Jaan_Tonisson_(Lasteleht), lk 542
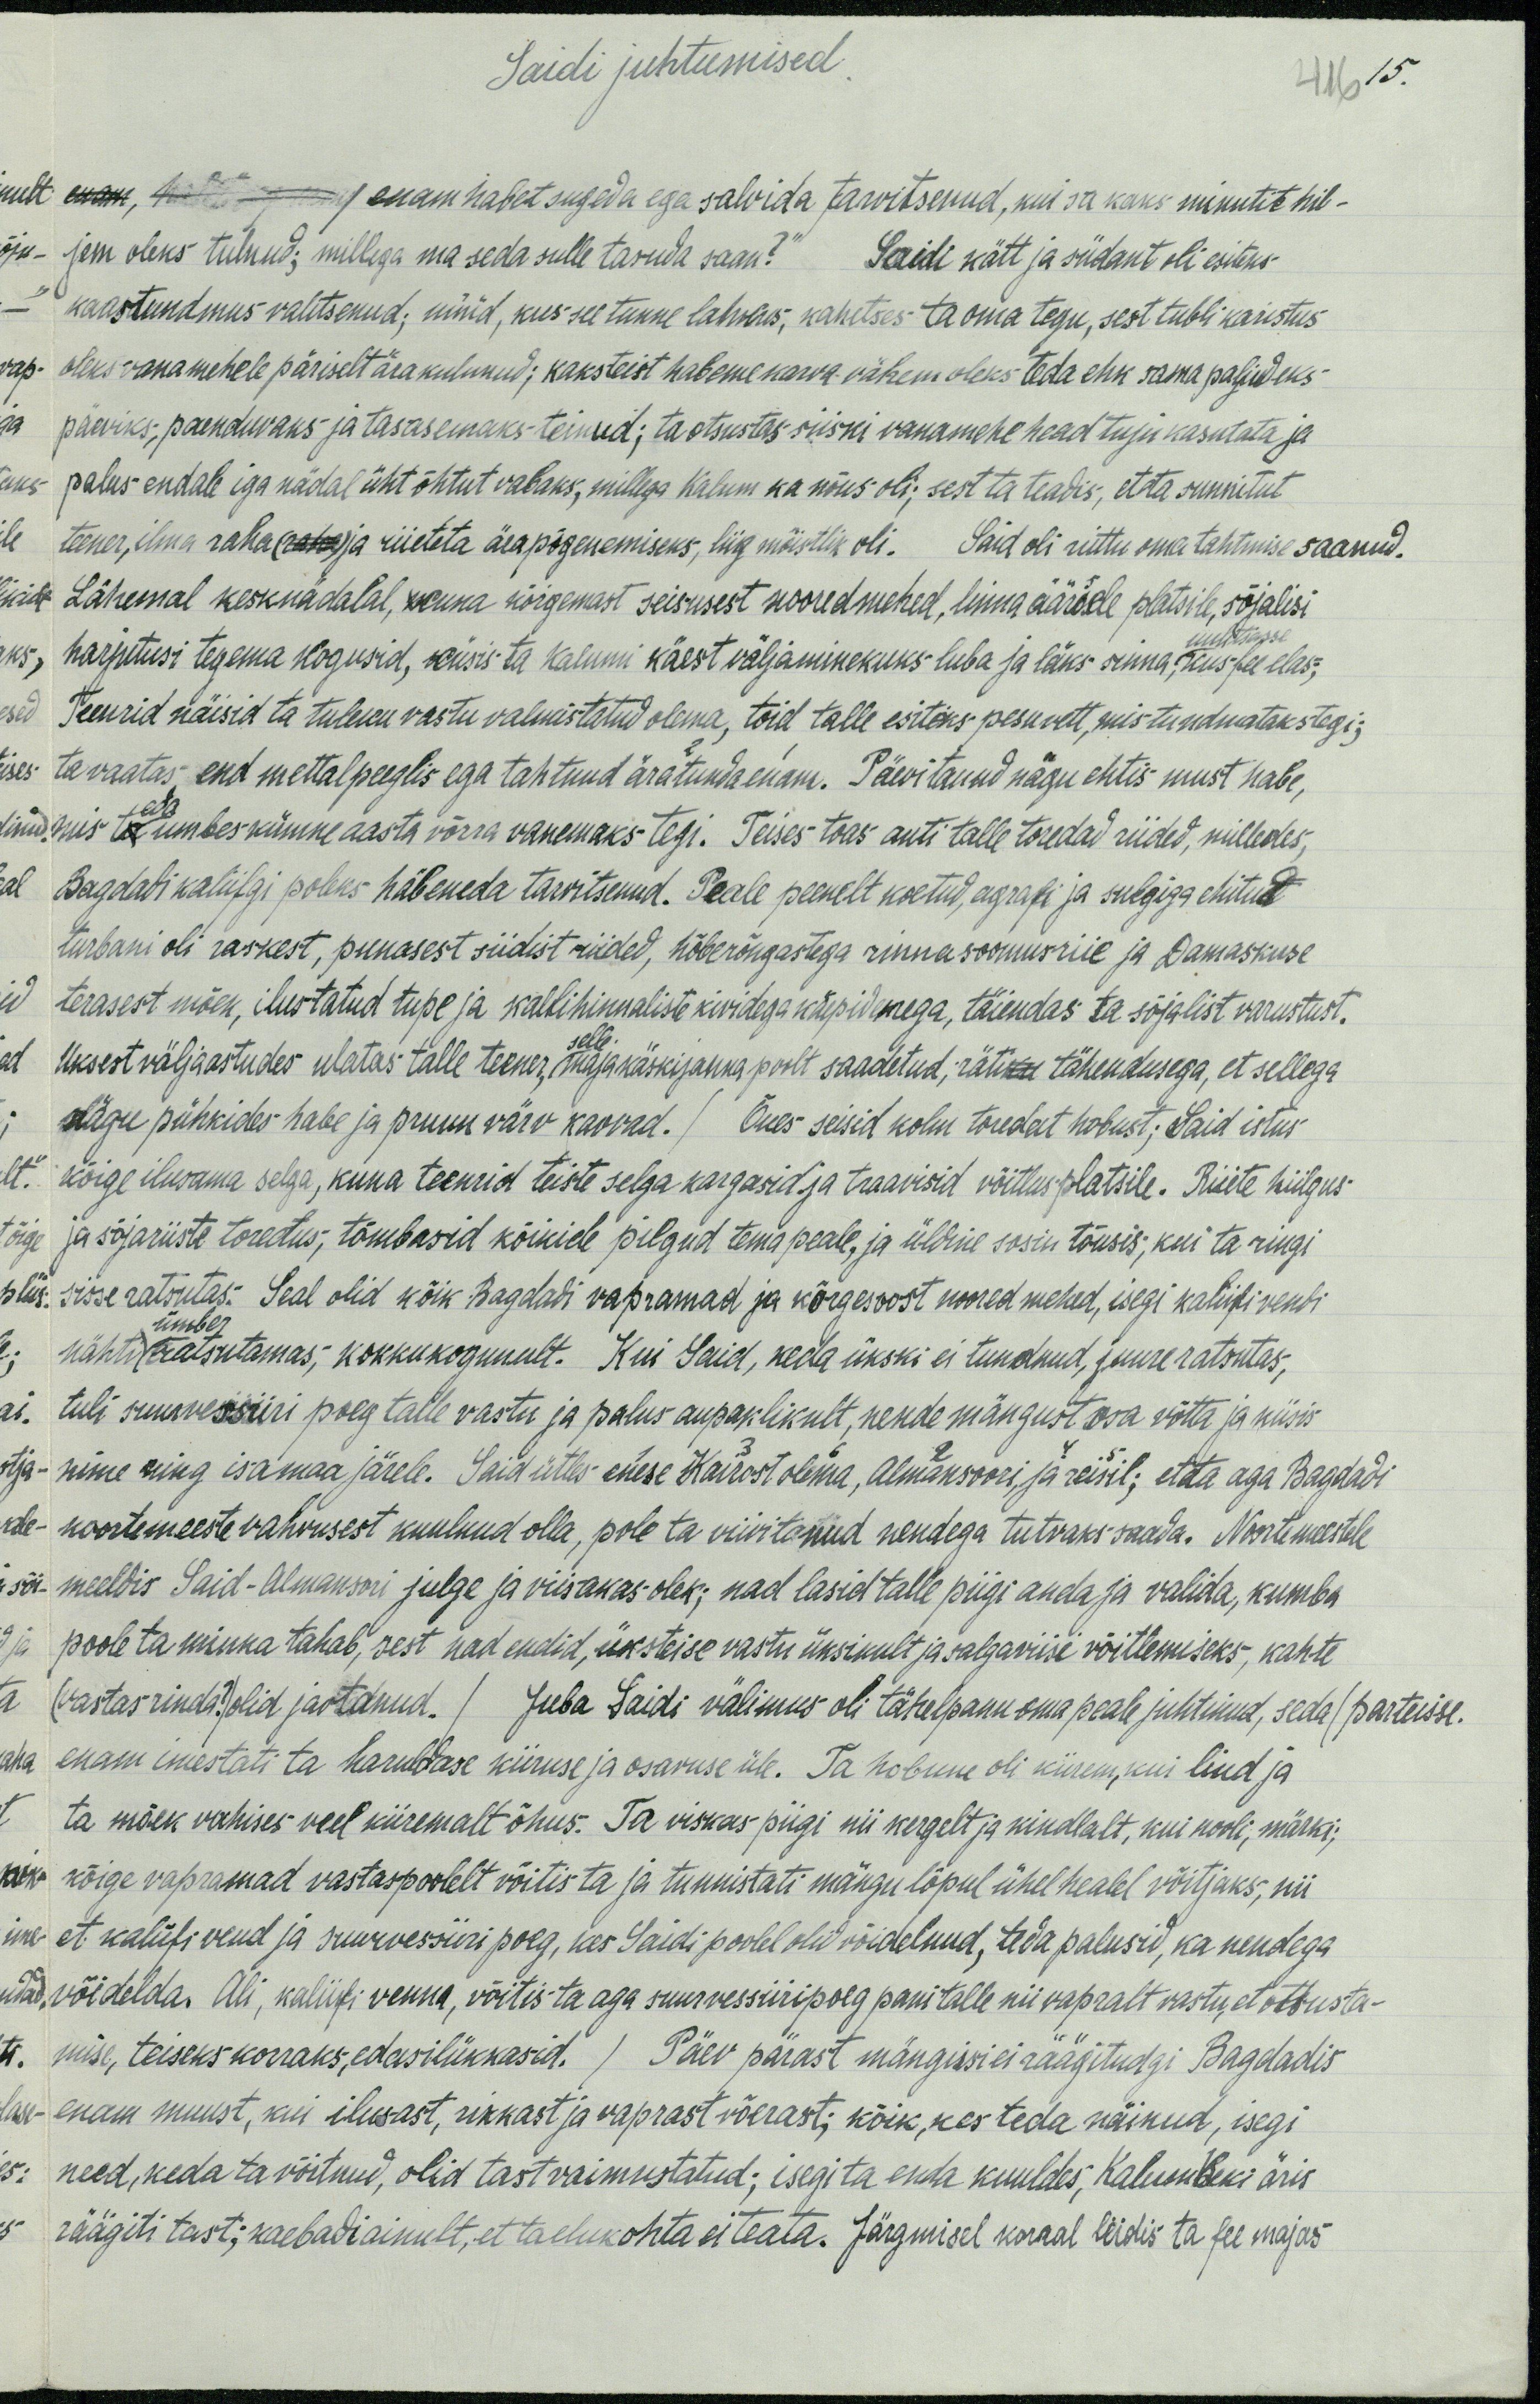
Saidi juhtumised.
416
15.
enam habet sugeda ega salvida tarvitsenud, kui sa kaks minuit hil-
jem oleks tulnud; millega ma seda selle tasuda saan?" Saidi kätt ja südanti oli esiteks
kaastundmus valitsenud, nüüd, kus see tunne lahkus, kahetses ta oma tegu, sest tubli karistus
oleks vanamehele päriselt ära kulunud; kaksteist habeme karva vähem oleks teda ehk sama paljudeks
päeviks, paenduvaks ja tasasemaks teinud; ta otsustas siiski vanamehe head tuju kasutata ja
palus endale iga nädal üht õhtut vabaks, millega Kalum ka nõus oli, sest ta teadis, et ta sunnitut
teener, ilma raha ja riieteta ära põgenemiseks, liig mõistlik oli. Said oli ruttu oma tahtmise saanud.
Lähemal kesknädalal, kuna kõrgemast seisusest noored mehed, linna äärsele platsile sõjalisi
uulitsasse
harjutusi tegema kogusid, küsis ta Kalumi käest väljaminekuks luba ja läks sinna, kus fee elas-
Teenrid näisid ta tuleku vastu valmistatud olema, tõid talle esiteks pesuvett, mis tundmataks tegi;
ta vaatas, end mettal peeglis ega tahtnud äratunda enam. Päevitanud nägu ehtis must habe,
mis teda umbeskümne aasta võrra vanemaks tegi. Teises toas anti talle toredad riided, milledes,
Bogdati kaliifgi poleks häbeneda tarvitsenud. Peale peenelt koetud, agrafi ja sulgiga ehitud
turbani oli raskest, punasest siidist riided, hõberõngastega rinnasoomusriie ja Damaskuse
terasest mõek, ilustatud tupe ja kallihinnaliste kividega käpidemega, täiendas ta sõjalist varustust.
Uksest väljaastudes ulatas talle teener, selle majakäskijana poolt saadetud, räti tähendusega, et sellega
nägu pühkides habe ja pruun värv kaovad. / Õues seisid kolm toredat hobust; Said istus
kõige ilusama salga, kuna teenrid teiste selga kargasid ja traavisid võitlusplatsile. Riiete hiilgus-
ja sõjariiste toredus, tõmbasid kõikide pilgud tema peale, ja üldine sosin tõusis, kui ta ringi
sisse ratsutas. Seal olid kõik Bagdadi vapramad ja kõrgesoost noored mehed, isegi kaliifi vendi
ümber
nähti ratsutamas, kokkukogunult. Kui Said, keda ükski ei tundnud, juure ratsutas,
tuli suurvessiiri poeg talle vastu ja palus aupaklikult, nende mängust osa võtta ja küsis
nime ning isamaa järele. Said ütles enese Kairost olema, Almansoori ja reisil; et ta aga Bagdadi
noortemeeste rahvusest kuulnud olla, pole ta viivitanud nendega tutvaks saada. Noortemeestele
meeldis Said-Almasori julge ja viisakas olek; nad lasid talle piigi anda ja valida, kumba
poole ta minna tahab, sest nad endid, üksteise vastu üksikult ja salgaviisi võitlemiseks, kahte
(vastas rinda) olid jaotanud. / Juba Saidi välimus oli tähelepanu oma peale juhtinud, seda parteisse.
enam imestati ta haruldase kiiruse ja osavuse üle. Ta hobune oli kiirem, kui lind ja
ta mõek vahises veel kiiremalt õhus. Ta viskas piigi nii kergelt ja kindlalt, kui nooli, märki;
kõige vapramad vastaspoolelt võitis ta ja tunnistati mängu lõpul ühel healel vöitjaks, nii
et kaliifi vend ja suurvessiiri poeg, kes Saidi poolel olid võidelnud, teda palusid, ka nendega
võidelda. Ali, kaliifi venna, võitis ta aga suurvessiiripoeg pani talle nii vapralt vastu, et otsusta-
mise teiseks korraks, edasilükkasid. / Päev pärast mängisi ei räägitudki Bagdadis
enam muust, kui ilusast, rikkast ja vaprast võerast; kõik, kes teda näinud, isegi
need, keda ta võitnud, olid tast vaimustatud; isegi ta enda kuuldes, Kalum Beki äris-
räägiti tast; kaebadi ainult, et ta elukohta ei teata. Järgmisel korral leidis ta fee majas